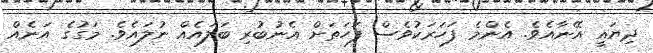
ދިޔައީ އޭނާއެވެ. އެންމެ ފަހަރަކުވެސް ފަހަތަށް އެނުބުރި ބަލައެއް ނުލައެވެ. މަގުގެ އަނެއް